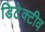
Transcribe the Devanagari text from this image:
डिटेक्टीव